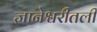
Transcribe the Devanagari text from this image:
ज्ञानेश्वरीतली